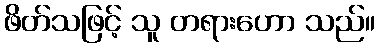
ဖိတ်သဖြင့် သူ တရားဟော သည်။